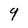
Character: 9